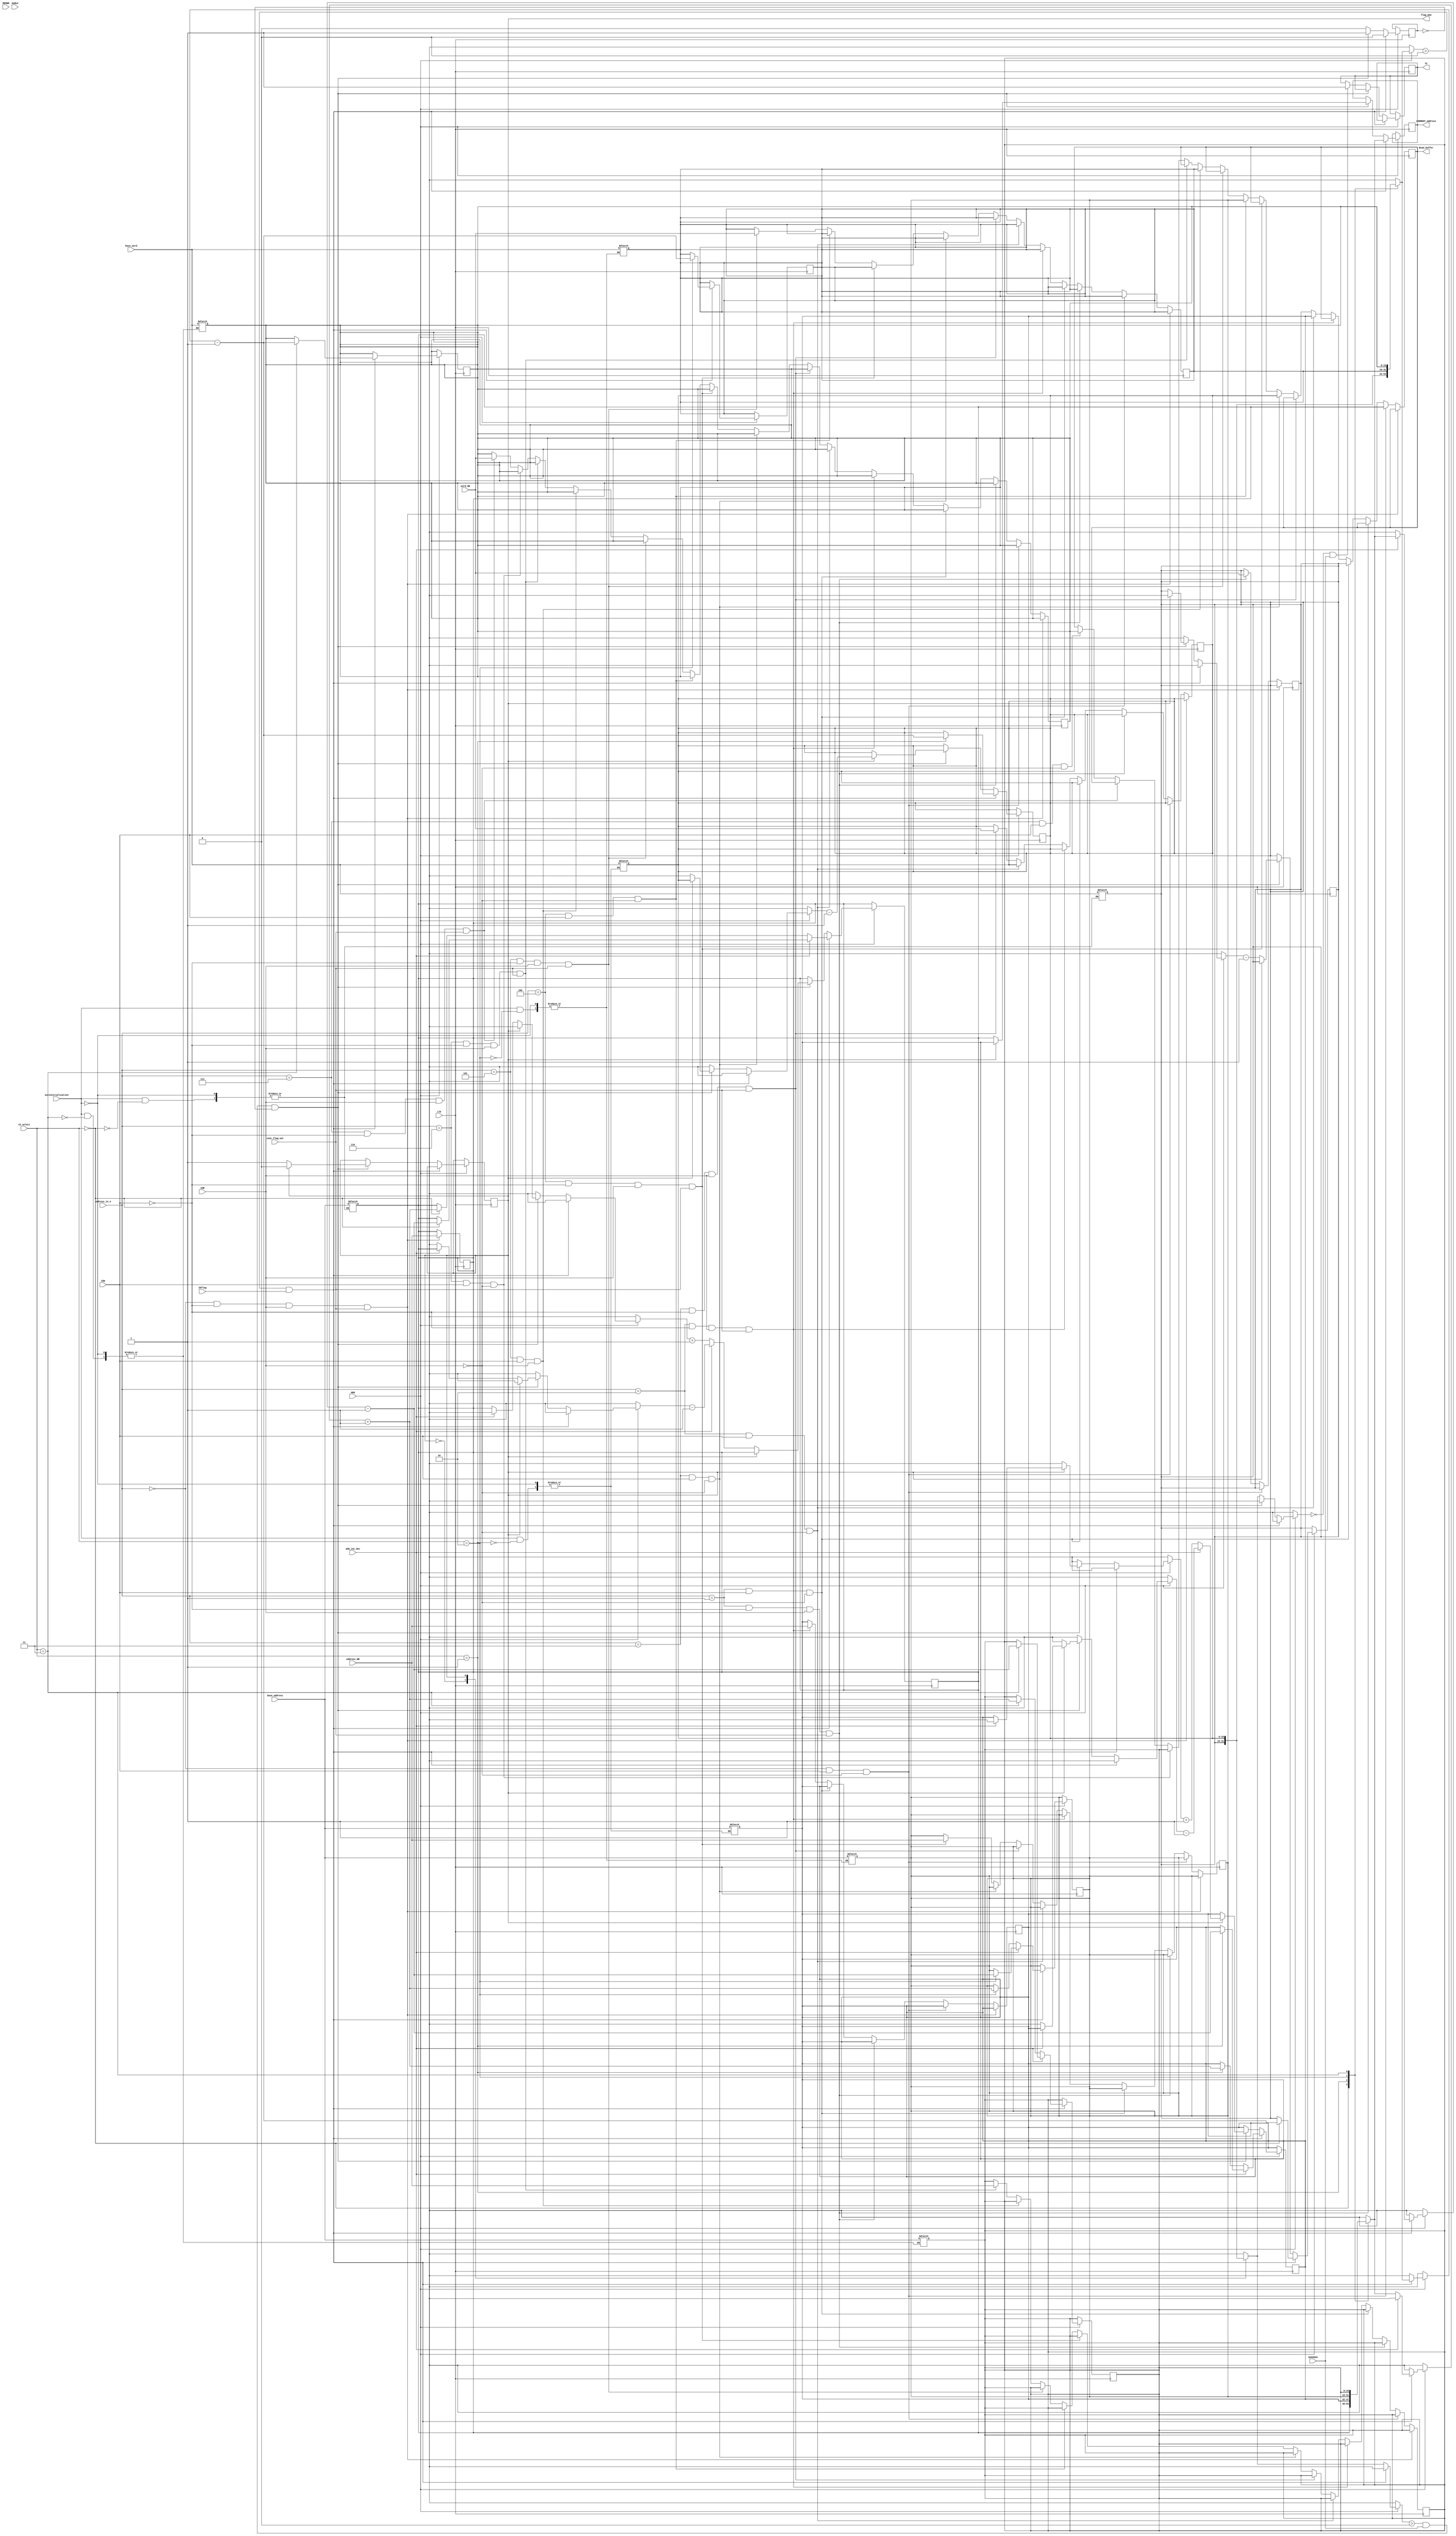
module ReadWrite_buffer(clk,AEN,IOW,IOR,address_in_4,TC,MEMWR,add_inc_dec,autoinitialization,ch_select,address_WB,word_WB,base_address,base_word,CURRENT_address,Read_buffer,conc_flag_out,IOflag,mem2mem,flag_mem,myBus);

/*  (clock) is used to to make the current address in th register for each channel synchronous

    (autoinitialization) bit in mode register is to make the current address and word count equal the base
    to restart the transfer 	

    (add_inc_dec) bit in mode register to select if the address will increase or decrease for
    example if the base address 0xab00 and the word count 100 , it will go 0xab01 or aaff and so on
     
	*/

input clk,autoinitialization,add_inc_dec,MEMWR,IOR,IOW,AEN,conc_flag_out,IOflag,mem2mem,myBus;
input [3:0] address_in_4;

/*    ch_select is an input know which channel is requested   
	*/

input [1:0] ch_select;

/*    (base_address) is the initial(first address that will be data read or write to memory 
      (address_WB) is the address where the processor initailize(program) the address of the channel
      (base_word) is the number of transfers that io device will preform
	*/

input [15:0] address_WB,word_WB,base_address,base_word;

/*    (CURRENT_address) is the address which point to the current location of the memory to be read or write
      (CURRENT_word) is the number of word that the device will read or write from memory
	*/

output reg [15:0] CURRENT_address,Read_buffer;

/*    TC signal to be stored in status register
	*/
output reg TC;

/*    Array of 4 channel address and word count to hold the current address and count during the transfer
	*/

reg [15:0] current_address [0:3];
reg [15:0] current_word [0:3];

output reg flag_mem = 0;


reg hold_address = 0;

// teminate the process
//assign TC = (current_word[ch_select] == 0) ? 1 : 0;


initial
begin
current_address[0] <= 16'h0064;
current_word[0] <= 10;
current_address[1] <= 16'h012c;
current_word[1] <= 10;
current_address[2] <= 16'h190;
current_word[2] <= 2;
end

/*    this block to restore the initial value of the address and count
	*/

always @ (autoinitialization)
begin 
if(autoinitialization)
begin
current_address[ch_select] <= base_address;
current_word[ch_select] <= base_word;
end
end

/*    this block to increment or decrement the address and decrement the word every clock cycle
	*/

always @ (posedge clk)
begin 
if(AEN)
begin
	if(hold_address == 1)
	begin
	hold_address <= 0;
	end
// if number of current words equal zero it will teminate the process 
// and the address will be on the bus when control signal become not floating ( connected to the bus)
if(current_word[ch_select] > 0 && IOflag == 1)
begin
// always decrement the word numbers and update the table
current_word[ch_select] <= current_word[ch_select] - 1;
//if the address is decremented 
if(add_inc_dec == 1)
begin
current_address[ch_select] <= current_address[ch_select] - 1;
CURRENT_address <= current_address[ch_select];
end

//if the address is incremented 
else if(add_inc_dec == 0)
begin
current_address[ch_select] <= current_address[ch_select] + 1;
CURRENT_address <= current_address[ch_select];
end

end

else if(current_word[flag_mem] > 0 && mem2mem == 1 && hold_address == 0)
begin
hold_address <= 1 ;
if(flag_mem == 0)
begin

// always decrement the word numbers and update the table
current_word[flag_mem] <= current_word[flag_mem] - 1;
flag_mem <= 1;
//if the address is decremented 
if(add_inc_dec == 1)
begin
current_address[flag_mem] <= current_address[flag_mem] - 1;
CURRENT_address <= current_address[flag_mem];
end

//if the address is incremented 
else if(add_inc_dec == 0)
begin
current_address[flag_mem] <= current_address[flag_mem] + 1;
CURRENT_address <= current_address[flag_mem];
end

end

else if(flag_mem == 1)
begin

// always decrement the word numbers and update the table
current_word[flag_mem] <= current_word[flag_mem] - 1;
flag_mem <= 0;
//if the address is decremented 
if(add_inc_dec == 1)
begin
current_address[flag_mem] <= current_address[flag_mem] - 1;
CURRENT_address <= current_address[flag_mem];
end

//if the address is incremented 
else if(add_inc_dec == 0)
begin
current_address[flag_mem] <= current_address[flag_mem] + 1;
CURRENT_address <= current_address[flag_mem];
end

end

end

else if(current_word[flag_mem] == 0 && mem2mem == 1) 
begin
TC<=1 ; 
end 

end

end

always @(posedge clk)
begin

if(address_in_4 == 0 && IOW == 0 && IOR == 1 && conc_flag_out == 1)
current_address[0] <= address_WB;
else if(address_in_4 == 0 && IOW == 1 && IOR == 0)
Read_buffer <= current_address[0];
else if(address_in_4 == 1 && IOW == 0 && IOR == 1 && conc_flag_out == 1)
current_word[0] <= word_WB;
else if(address_in_4 == 1 && IOW == 1 && IOR == 0)
Read_buffer <= current_word[0];

else if(address_in_4 == 2 && IOW == 0 && IOR == 1 && conc_flag_out == 1)
current_address[1] <= address_WB;
else if(address_in_4 == 2 && IOW == 1 && IOR == 0)
Read_buffer <= current_address[1];
else if(address_in_4 == 3 && IOW == 0 && IOR == 1 && conc_flag_out == 1)
current_word[1] <= word_WB;
else if(address_in_4 == 3 && IOW == 1 && IOR == 0)
Read_buffer <= current_word[1];


else if(address_in_4 == 4 && IOW == 0 && IOR == 1 && conc_flag_out == 1)
current_address[2] <= address_WB;
else if(address_in_4 == 4 && IOW == 1 && IOR == 0)
Read_buffer <= current_address[2];
else if(address_in_4 == 5 && IOW == 0 && IOR == 1 && conc_flag_out == 1)
current_word[2] <= word_WB;
else if(address_in_4 == 5 && IOW == 1 && IOR == 0)
Read_buffer <= current_word[2];

else if(address_in_4 == 6 && IOW == 0 && IOR == 1 && conc_flag_out == 1)
current_address[3] <= address_WB;
else if(address_in_4 == 6 && IOW == 1 && IOR == 0)
Read_buffer <= current_address[3];
else if(address_in_4 == 7 && IOW == 0 && IOR == 1 && conc_flag_out == 1)
current_word[3] <= word_WB;
else if(address_in_4 == 7 && IOW == 1 && IOR == 0)
Read_buffer <= current_word[3];

end
endmodule